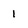
Character: 1